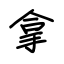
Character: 拿